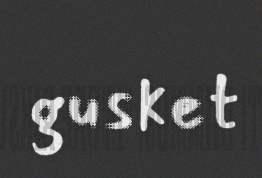
gusket